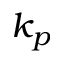
k _ { p }